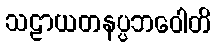
သဠာယတနပ္ပဘဝေါတိ